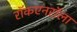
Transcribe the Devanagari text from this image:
राॅकएनराॅला